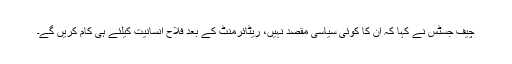
چیف جسٹس نے کہا کہ ان کا کوئی سیاسی مقصد نہیں، ریٹائرمنٹ کے بعد فلاحِ انسانیت کیلئے ہی کام کریں گے۔